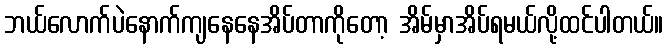
ဘယ်လောက်ပဲနောက်ကျနေနေအိပ်တာကိုတော့ အိမ်မှာအိပ်ရမယ်လို့ထင်ပါတယ်။